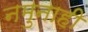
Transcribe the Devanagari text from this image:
नमुनाही